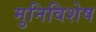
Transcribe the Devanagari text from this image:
मुनिविशेष